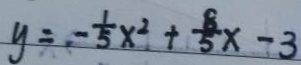
y = - \frac { 1 } { 5 } x ^ { 2 } + \frac { 8 } { 5 } x - 3